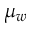
\mu _ { w }